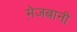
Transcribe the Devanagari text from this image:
मे़जबानी